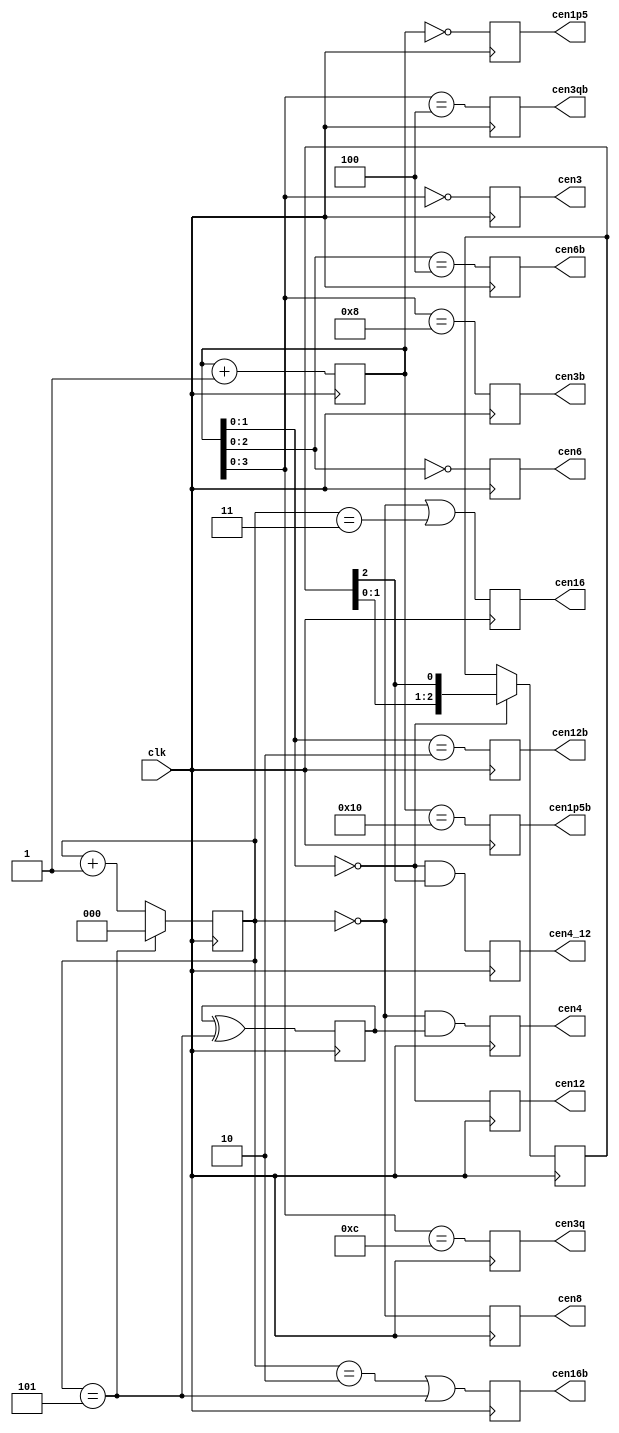
/*  This file is part of JTFRAME.
    JTFRAME program is free software: you can redistribute it and/or modify
    it under the terms of the GNU General Public License as published by
    the Free Software Foundation, either version 3 of the License, or
    (at your option) any later version.

    JTFRAME program is distributed in the hope that it will be useful,
    but WITHOUT ANY WARRANTY; without even the implied warranty of
    MERCHANTABILITY or FITNESS FOR A PARTICULAR PURPOSE.  See the
    GNU General Public License for more details.

    You should have received a copy of the GNU General Public License
    along with JTFRAME.  If not, see <http://www.gnu.org/licenses/>.

    Author: Jose Tejada Gomez. Twitter: @topapate
    Version: 1.0
    Date: 6-12-2019 */

// Input clock must be 48 MHz
// Generates various clock enable signals

module jtframe_cen48(
    input   clk,    // 48 MHz
    output  reg cen12,
    output  reg cen16,
    output  reg cen8,
    output  reg cen6,
    output  reg cen4,
    output  reg cen4_12, // cen4 based on cen12
    output  reg cen3,
    output  reg cen3q, // 1/4 advanced with respect to cen3
    output  reg cen1p5,
    // 180 shifted signals
    output  reg cen16b,
    output  reg cen12b,
    output  reg cen6b,
    output  reg cen3b,
    output  reg cen3qb,
    output  reg cen1p5b
);

reg [4:0] cencnt=5'd0;
reg [2:0] cencnt6=3'd0;
reg       cencnt12=1'd0;
reg [2:0] cencnt4_12=3'd1;

always @(posedge clk) begin
    cencnt  <= cencnt+5'd1;
    cencnt6 <= cencnt6==3'd5 ? 3'd0 : (cencnt6+3'd1);
    cencnt12<= cencnt12 ^^ (cencnt6==3'd5);
end

always @(posedge clk) begin
    cen12  <= cencnt[1:0] == 2'd0;
    cen12b <= cencnt[1:0] == 2'd2;
    if(cencnt[1:0]==2'b0) cencnt4_12 <= { cencnt4_12[1:0], cencnt4_12[2]};
    cen4_12 <= cencnt[1:0]==2'd0 && cencnt4_12[2];
    cen16  <= cencnt6 == 3'd0 || cencnt6 == 3'd3;
    cen16b <= cencnt6 == 3'd2 || cencnt6 == 3'd5;
    cen8   <= cencnt6     == 3'd0;
    cen4   <= cencnt6     == 3'd0 && cencnt12;
    cen6   <= cencnt[2:0] == 3'd0;
    cen6b  <= cencnt[2:0] == 3'd4;
    cen3   <= cencnt[3:0] == 4'd0;
    cen3b  <= cencnt[3:0] == 4'h8;
    cen3q  <= cencnt[3:0] == 4'b1100;
    cen3qb <= cencnt[3:0] == 4'b0100;
    cen1p5 <= cencnt[4:0] == 5'd0;
    cen1p5b<= cencnt[4:0] == 5'h10;
end
endmodule

////////////////////////////////////////////////////////////////////
// Generates a 3.57 MHz clock enable signal for a 48MHz clock
// Result: 105/1408 = 3,579,545.5 MHz, off by 0.5Hz (0.14ppm) :-)
// This module seems to be related to missing sound in Bionic Commando and Street Fighter 1
// Touching the initial conditions a bit seems to have fixed it -maybe-
// I don't quite understand how the error occurs in those two games

module jtframe_cen3p57(
    input      clk,       // 48 MHz
    output reg cen_3p57,
    output reg cen_1p78
);

parameter CLK24=0;

localparam [15:0] STEP   = 16'd3758<<CLK24;
localparam [15:0] LIM    = 16'd50393;
localparam        ALT0   = 1;

wire [15:0] absmax = LIM+STEP;

reg  [15:0] cencnt=16'd0;
reg  [15:0] next;
reg  [15:0] next2;

always @(*) begin
    next  = cencnt+STEP;
    next2 = next-LIM;
end

reg alt=ALT0[0];

`ifdef SIMULATION
initial begin
    cencnt = 16'd0;
    next   = 16'd0;
    next2  = 16'd0;
    alt    = 0;
end
`endif

always @(posedge clk) begin
    if( cencnt >= absmax ) begin
        // something went wrong: restart
        cencnt   <= 16'd0;
        alt      <= ALT0[0];
        cen_3p57 <= 1;
        cen_1p78 <= 1;
    end else
    if( next >= LIM ) begin
        cencnt   <= next2;
        cen_3p57 <= 1;
        alt      <= ~alt;
        if( alt ) cen_1p78 <= 1;
    end else begin
        cencnt   <= next;
        cen_3p57 <= 0;
        cen_1p78 <= 0;
    end
end

endmodule

////////////////////////////////////////////////////////////////////
// 384kHz clock enable
module jtframe_cenp384(
    input      clk,       // 48 MHz
    output reg cen_p384
);

parameter CLK24=0;
localparam [6:0] STEP=7'd1<<CLK24;

reg  [6:0] cencnt=7'd0;

always @(posedge clk) begin
    cen_p384 <= 1'b0;
    cencnt <= cencnt+STEP;
    if( cencnt >= 7'd124 ) begin
        cencnt   <= 7'd0;
        cen_p384 <= 1'b1;
    end
end
endmodule

////////////////////////////////////////////////////////////////////
// 10MHz clock enable
module jtframe_cen10(
    input   clk,    // 48MHz only
    output  reg cen10,
    // 180 shifted signals
    output  reg cen10b
);

reg [2:0] cencnt=3'd0;
reg [2:0] muxcnt=3'd0;
reg [2:0] next=3'd4, nextb=3'd2;

always @(*) begin
    next = muxcnt[2] ? 3'd3 : 3'd4;
    nextb= muxcnt[2] ? 3'd1 : 3'd2;
end

always @(posedge clk) begin
    cencnt <= cencnt+3'd1;
    cen10  <= cencnt == next;
    cen10b <= cencnt == nextb;
    if( cencnt==next ) begin
        cencnt <= 3'd0;
        muxcnt <= muxcnt[2] ? 3'd1 : muxcnt + 3'b1;
    end
end
endmodule